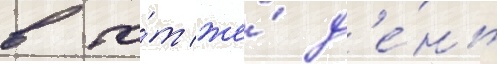
в то́т же́ д'е́нь